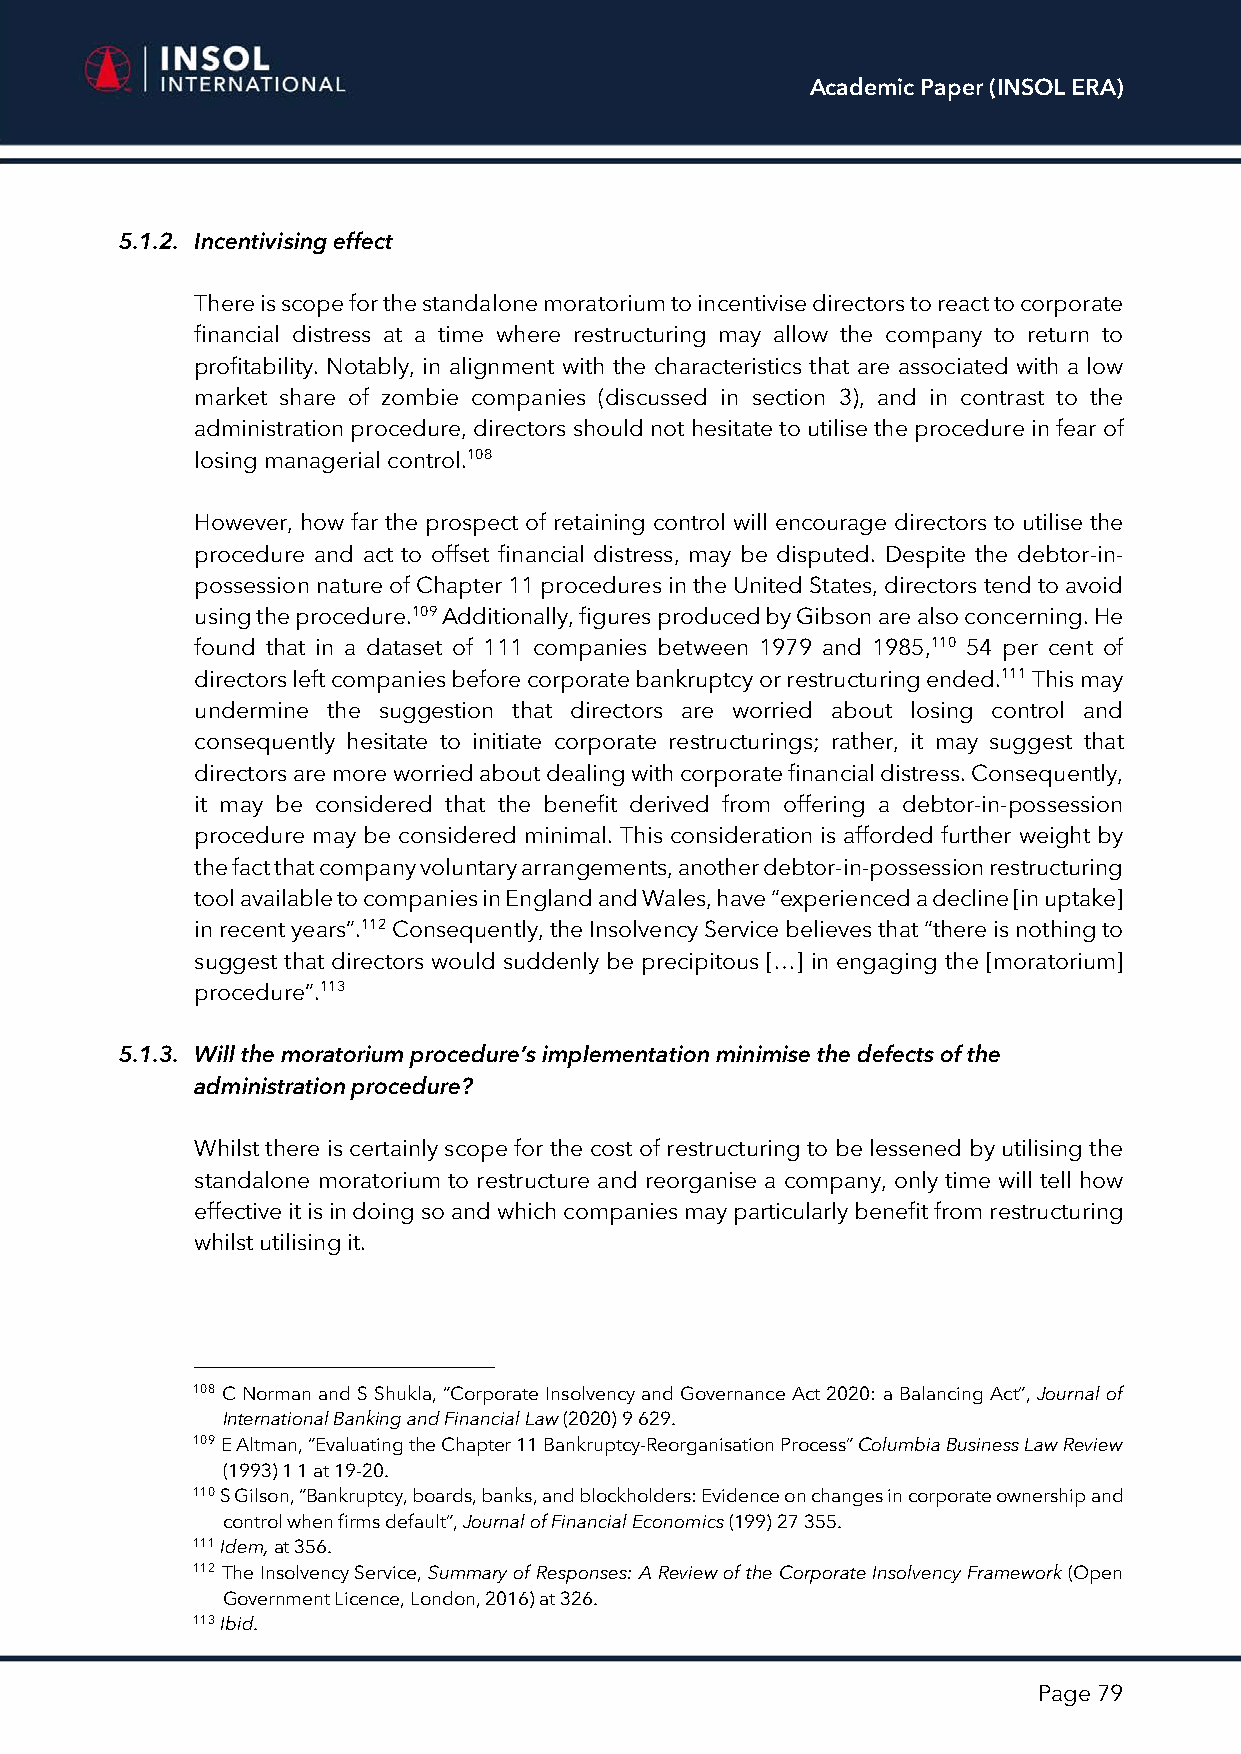
Academic Paper (INSOL ERA)
 5.1.2. Incentivising effect
 There is scope for the standalone moratorium to incentivise directors to react to corporate
 financial distress at a time where restructuring may allow the company to return to
 profitability. Notably, in alignment with the characteristics that are associated with a low
 market share of zombie companies (discussed in section 3), and in contrast to the
 administration procedure, directors should not hesitate to utilise the procedure in fear of
 losing managerial control.108
 However, how far the prospect of retaining control will encourage directors to utilise the
 procedure and act to offset financial distress, may be disputed. Despite the debtor-in-
 possession nature of Chapter 11 procedures in the United States, directors tend to avoid
 using the procedure.109 Additionally, figures produced by Gibson are also concerning. He
 found that in a dataset of 111 companies between 1979 and 1985,110 54 per cent of
 directors left companies before corporate bankruptcy or restructuring ended.111 This may
 undermine the suggestion that directors are worried about losing control and
 consequently hesitate to initiate corporate restructurings; rather, it may suggest that
 directors are more worried about dealing with corporate financial distress. Consequently,
 it may be considered that the benefit derived from offering a debtor-in-possession
 procedure may be considered minimal. This consideration is afforded further weight by
 the fact that company voluntary arrangements, another debtor-in-possession restructuring
 tool available to companies in England and Wales, have “experienced a decline [in uptake]
 in recent years”.112 Consequently, the Insolvency Service believes that “there is nothing to
 suggest that directors would suddenly be precipitous […] in engaging the [moratorium]
 procedure”.113
 5.1.3. Will the moratorium procedure’s implementation minimise the defects of the
 administration procedure?
 Whilst there is certainly scope for the cost of restructuring to be lessened by utilising the
 standalone moratorium to restructure and reorganise a company, only time will tell how
 effective it is in doing so and which companies may particularly benefit from restructuring
 whilst utilising it.
 108 C Norman and S Shukla, “Corporate Insolvency and Governance Act 2020: a Balancing Act”, Journal of
 International Banking and Financial Law (2020) 9 629.
 109 E Altman, “Evaluating the Chapter 11 Bankruptcy-Reorganisation Process” Columbia Business Law Review
 (1993) 1 1 at 19-20.
 110 S Gilson, “Bankruptcy, boards, banks, and blockholders: Evidence on changes in corporate ownership and
 control when firms default”, Journal of Financial Economics (199) 27 355.
 111 Idem, at 356.
 112 The Insolvency Service, Summary of Responses: A Review of the Corporate Insolvency Framework (Open
 Government Licence, London, 2016) at 326.
 113 Ibid.
 Page 79